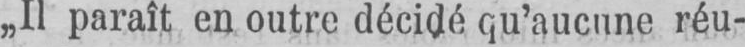
„Il paraît en outre décidé qu’aucune réu-